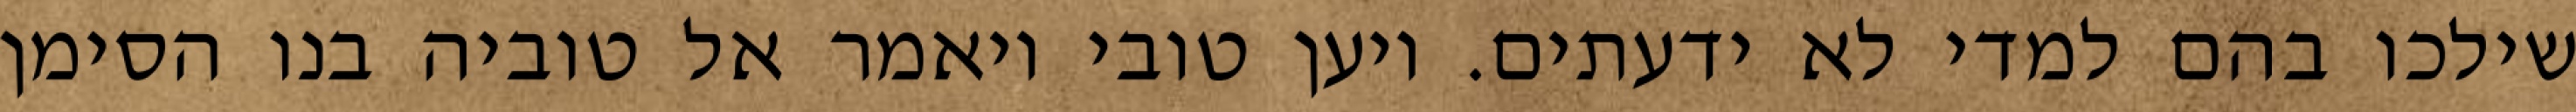
שילכו בהם למדי לא ידעתים. ויען טובי ויאמר אל טוביה בנו הסימן